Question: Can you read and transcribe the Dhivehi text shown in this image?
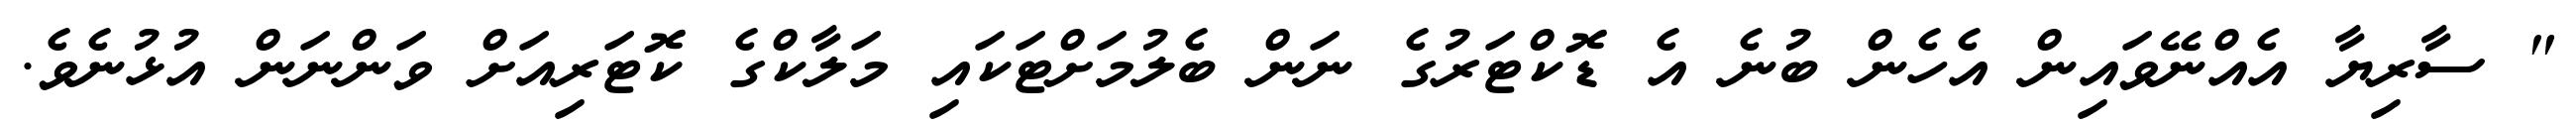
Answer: " ސާރިޔާ އެއްނޭވައިން އެހެން ބުނެ އެ ޑޮކްޓަރުގެ ނަން ބެލުމަށްޓަކައި މަލާކްގެ ކޮޓަރިއަށް ވަންނަން އުޅުނެވެ.